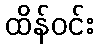
ထိန်ဝင်း